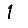
Digit: 1